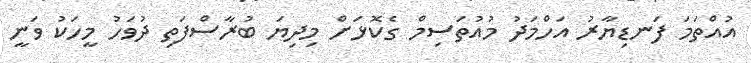
އުއްތަމަ ފަނޑިޔާރު އަހްމަދު މުއުތަސިމް ގެކޮޅަށް މިިދިޔަ ބުރާސްފަތި ދުވަހު މީހަކު ވަނީ